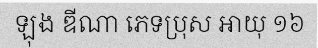
ឡុង ឌីណា ភេទប្រុស អាយុ ១៦